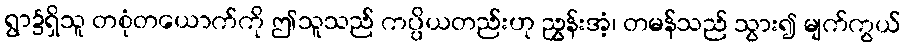
ရွာ၌ရှိသူ တစုံတယောက်ကို ဤသူသည် ကပ္ပိယတည်းဟု ညွှန်းအံ့၊ တမန်သည် သွား၍ မျက်ကွယ်